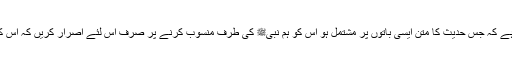
کیا یہ کوئی معقول بات ہے کہ جس حدیث کا متن ایسی باتوں پر مشتمل ہو اس کو ہم نبیﷺ کی طرف منسوب کرنے پر صرف اس لئے اصرار کریں کہ اس کی سند مجروح نہیں ہے۔